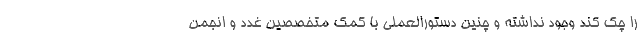
را چک کند وجود نداشته و چنین دستورالعملی با کمک متخصصین غدد و انجمن